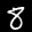
Digit: 8